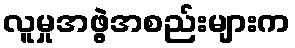
လူမှုအဖွဲ့အစည်းများက